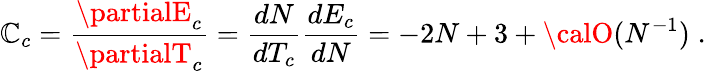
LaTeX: \mathbb{C}_{c}=\frac{{\partialE_{c}}}{{\partialT_{c}}}=\frac{{dN}}{{dT_{c}}}\frac{{dE_{c}}}{{dN}}=-2N+3+{\calO}(N^{-1})\; .